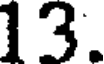
13.